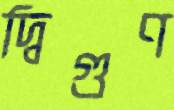
দ্বিগুণ